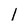
Character: I